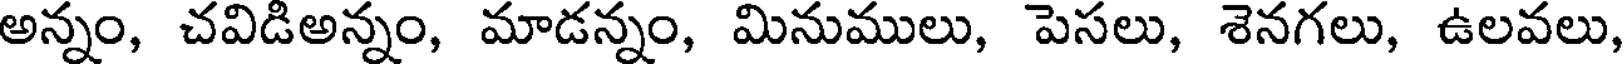
అన్నం, చవిడిఅన్నం, మాడన్నం, మినుములు, పెసలు, శెనగలు, ఉలవలు,